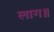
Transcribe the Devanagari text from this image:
लाग॥